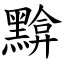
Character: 黭